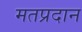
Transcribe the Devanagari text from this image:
मतप्रदान